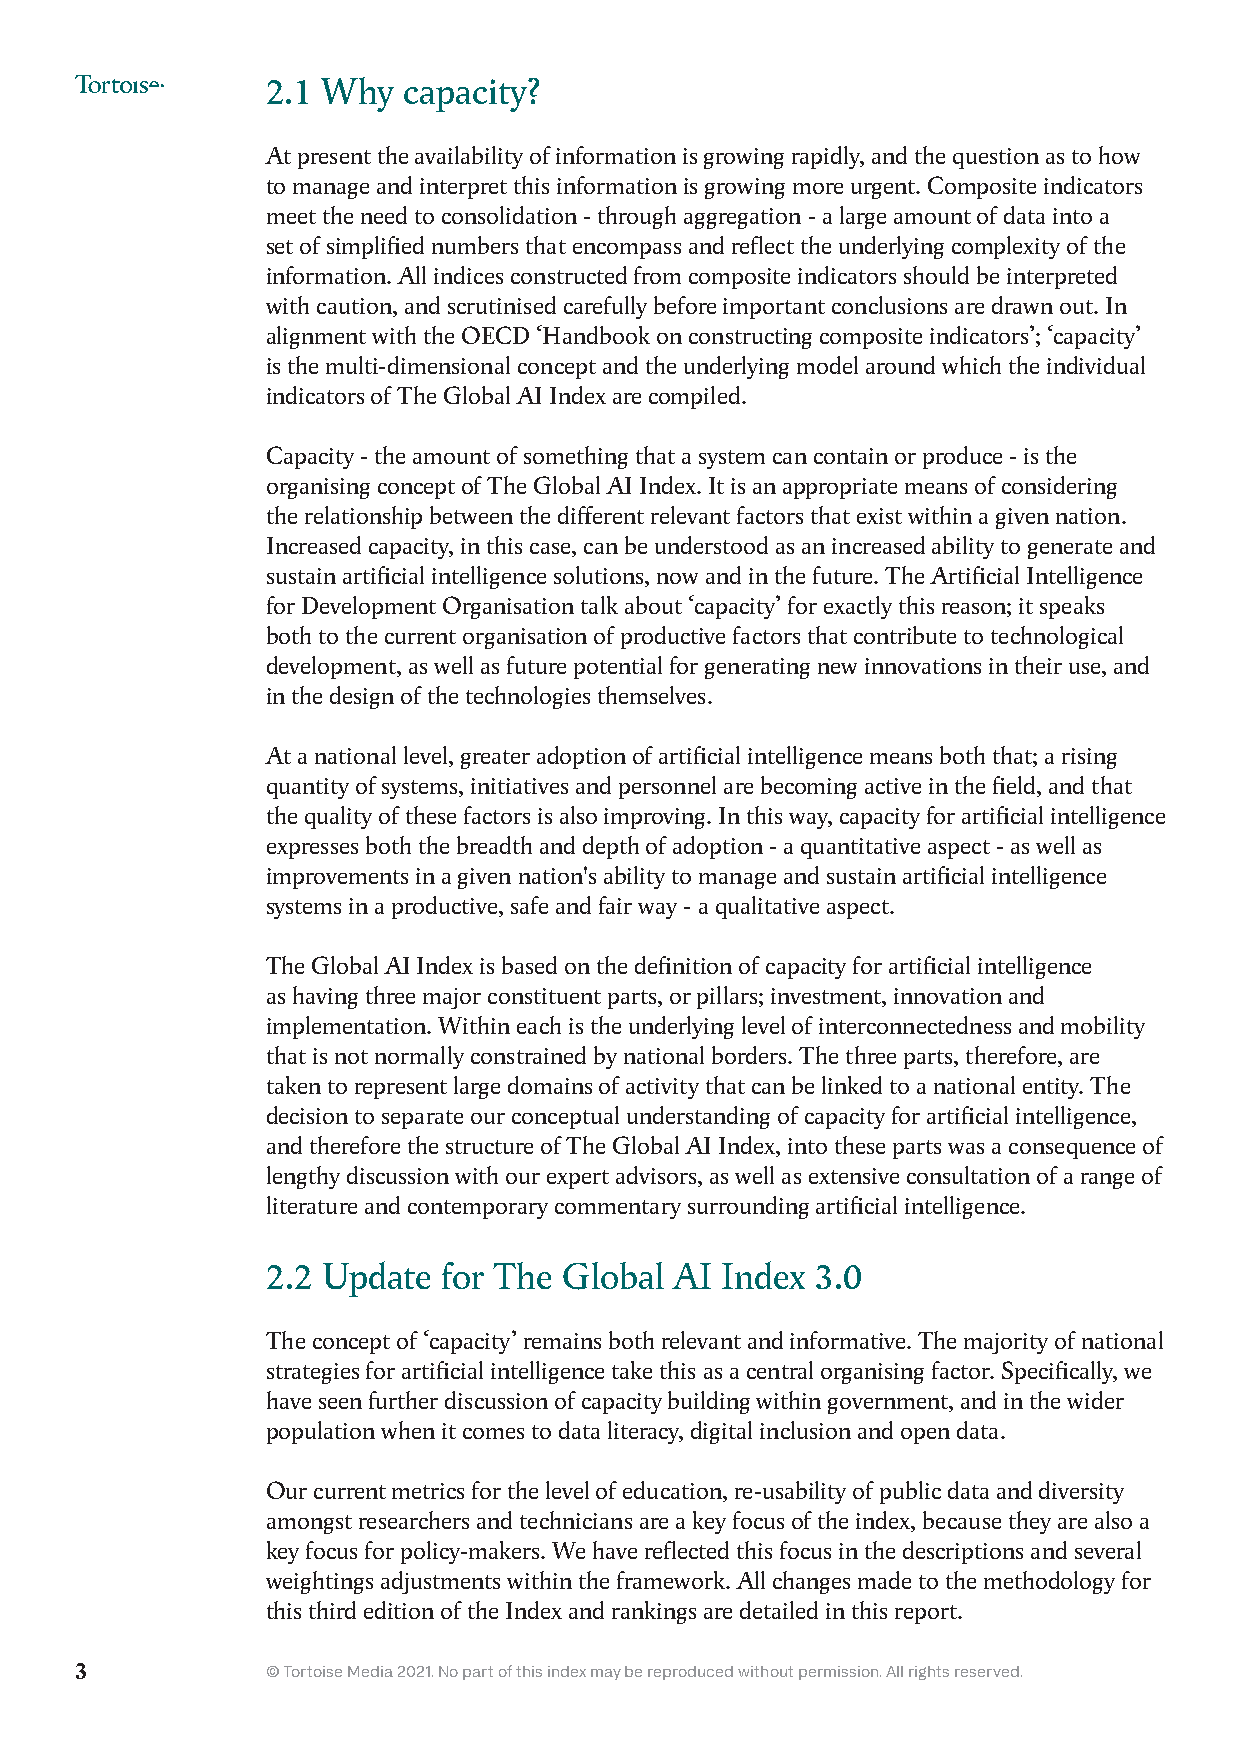
2.1 Why  capacity?
 At present the availability of information is growing rapidly, and the question as to how
 to manage and interpret this information is growing more urgent. Composite indicators
 meet the need to consolidation - through aggregation - a large amount of data into a
 set of simplified numbers that encompass and reflect the underlying complexity of the
 information. All indices constructed from composite indicators should be interpreted
 with caution, and scrutinised carefully before important conclusions are drawn out. In
 alignment with the OECD ‘Handbook on constructing composite indicators’; ‘capacity’
 is the multi-dimensional concept and the underlying model around which the individual
 indicators of The Global AI Index are compiled.
 Capacity - the amount of something that a system can contain or produce - is the
 organising concept of The Global AI Index. It is an appropriate means of considering
 the relationship between the different relevant factors that exist within a given nation.
 Increased capacity, in this case, can be understood as an increased ability to generate and
 sustain artificial intelligence solutions, now and in the future. The Artificial Intelligence
 for Development Organisation talk about ‘capacity’ for exactly this reason; it speaks
 both to the current organisation of productive factors that contribute to technological
 development, as well as future potential for generating new innovations in their use, and
 in the design of the technologies themselves.
 At a national level, greater adoption of artificial intelligence means both that; a rising
 quantity of systems, initiatives and personnel are becoming active in the field, and that
 the quality of these factors is also improving. In this way, capacity for artificial intelligence
 expresses both the breadth and depth of adoption - a quantitative aspect - as well as
 improvements in a given nation's ability to manage and sustain artificial intelligence
 systems in a productive, safe and fair way - a qualitative aspect.
 The Global AI Index is based on the definition of capacity for artificial intelligence
 as having three major constituent parts, or pillars; investment, innovation and
 implementation. Within each is the underlying level of interconnectedness and mobility
 that is not normally constrained by national borders. The three parts, therefore, are
 taken to represent large domains of activity that can be linked to a national entity. The
 decision to separate our conceptual understanding of capacity for artificial intelligence,
 and therefore the structure of The Global AI Index, into these parts was a consequence of
 lengthy discussion with our expert advisors, as well as extensive consultation of a range of
 literature and contemporary commentary surrounding artificial intelligence.
 2.2 Update for The Global  AI Index 3.0
 The concept of ‘capacity’ remains both relevant and informative. The majority of national
 strategies for artificial intelligence take this as a central organising factor. Specifically, we
 have seen further discussion of capacity building within government, and in the wider
 population when it comes to data literacy, digital inclusion and open data.
 Our current metrics for the level of education, re-usability of public data and diversity
 amongst researchers and technicians are a key focus of the index, because they are also a
 key focus for policy-makers. We have reflected this focus in the descriptions and several
 weightings adjustments within the framework. All changes made to the methodology for
 this third edition of the Index and rankings are detailed in this report.
 3            © Tortoise Media 2021. No part of this index may be reproduced without permission. All rights reserved.